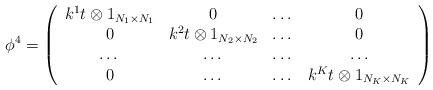
LaTeX: \begin{align*}\phi ^4= \left( \begin{array}{cccc} k^1t \otimes 1_{N_1 \times N_1} & 0 & \dots & 0 \\0 & k^2t\otimes 1_{N_2 \times N_2 } & \dots & 0 \\\dots & \dots & \dots & \dots \\0 & \dots & \dots & k^Kt \otimes 1_{N_K \times N_K }\end{array} \right)\end{align*}